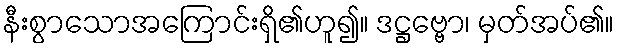
နီးစွာသောအကြောင်းရှိ၏ဟူ၍။ ဒဋ္ဌဗ္ဗော၊ မှတ်အပ်၏။